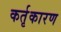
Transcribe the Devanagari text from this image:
कर्तृकारण